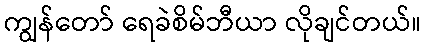
ကျွန်တော် ရေခဲစိမ်ဘီယာ လိုချင်တယ်။